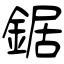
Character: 鋸